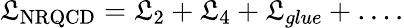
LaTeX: {\cal\mathfrak{L}}_{\mathrm{{NRQCD}}}={\cal\mathfrak{L}}_{2}+{\cal\mathfrak{L}}_{4}+{\cal\mathfrak{L}}_{glue}+\ldots.